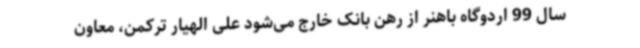
سال 99 اردوگاه باهنر از رهن بانک خارج می‌شود علی الهیار ترکمن، معاون